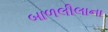
બાળલીલાના